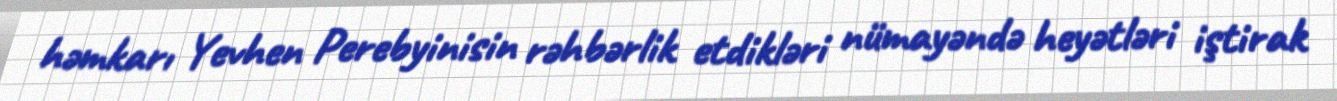
həmkarı Yevhen Perebyinisin rəhbərlik etdikləri nümayəndə heyətləri iştirak